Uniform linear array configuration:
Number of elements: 24
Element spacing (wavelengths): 0.75
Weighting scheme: exponential
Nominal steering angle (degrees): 60
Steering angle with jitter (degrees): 61.884
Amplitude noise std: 0.05
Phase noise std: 0.05

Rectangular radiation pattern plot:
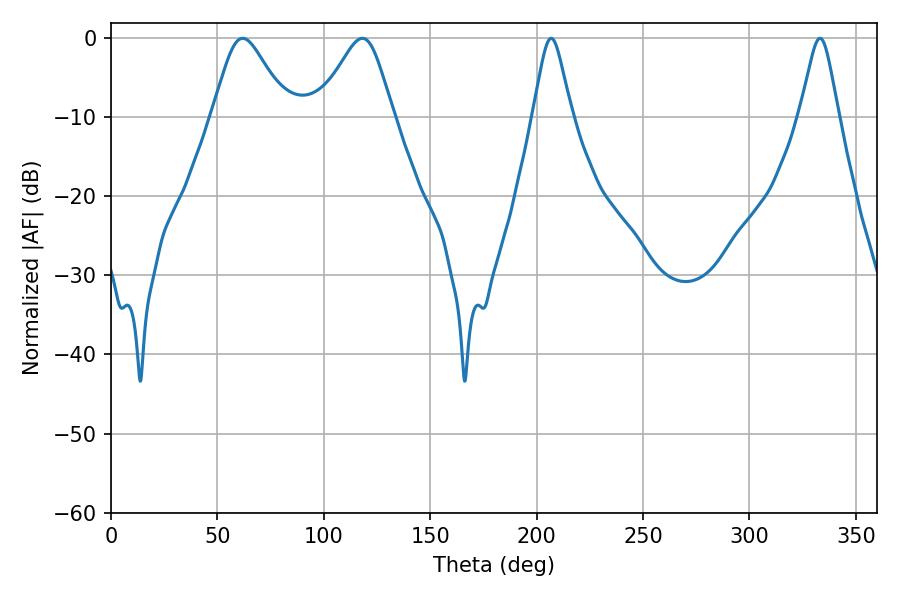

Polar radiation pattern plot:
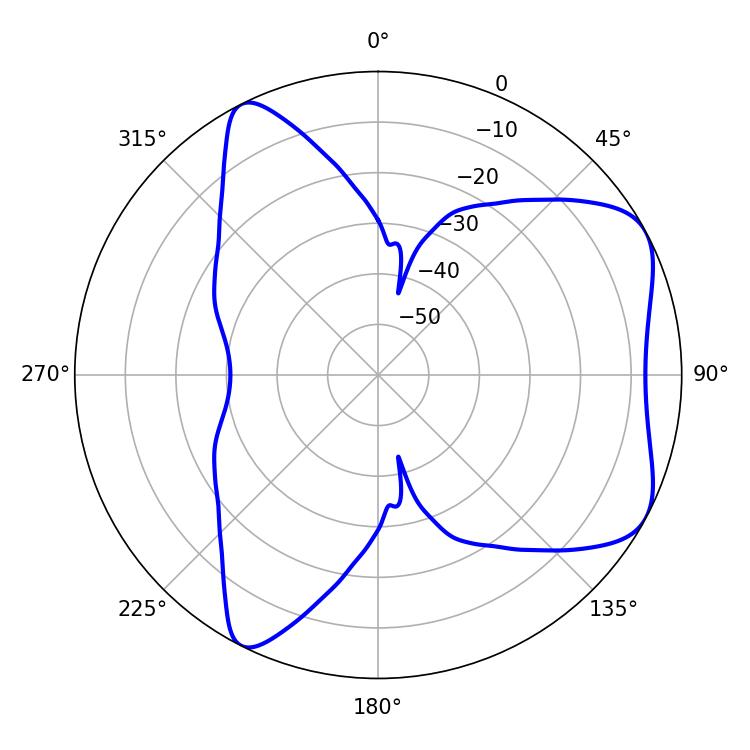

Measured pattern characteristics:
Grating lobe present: TRUE
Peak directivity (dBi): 6.078
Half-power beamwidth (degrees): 8.64
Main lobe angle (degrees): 206.82